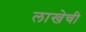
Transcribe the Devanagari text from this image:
लाखेची